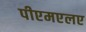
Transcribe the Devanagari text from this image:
पीएमएलए